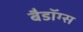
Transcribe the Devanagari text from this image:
बैडॉग्स